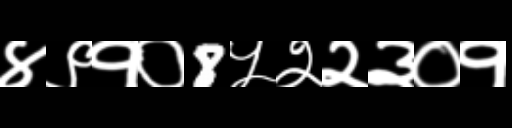
Text: ४९१०8५२२३०१